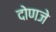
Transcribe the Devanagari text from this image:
दोणजे